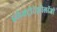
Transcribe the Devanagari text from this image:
इलेक्ट्रोटेक्नोलॉजी